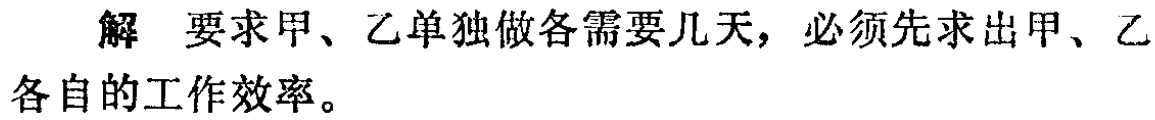
解 要求甲、乙单独做各需要几天，必须先求出甲、乙各自的工作效率。